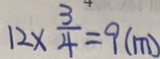
1 2 \times \frac { 3 } { 4 } = 9 ( m )